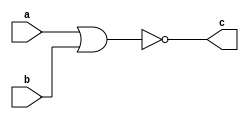


module norGate(a, b, c);
    input a, b;
    output c;

    assign c = ~(a|b);

endmodule